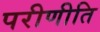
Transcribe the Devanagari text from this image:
परीणीति